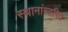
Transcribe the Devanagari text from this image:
स्थानांन्तरित